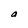
Character: a